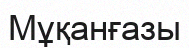
Мұқанғазы